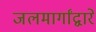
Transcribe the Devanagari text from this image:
जलमार्गांद्वारे